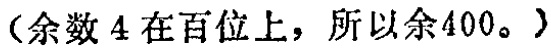
（余数 4 在百位上，所以余400。）